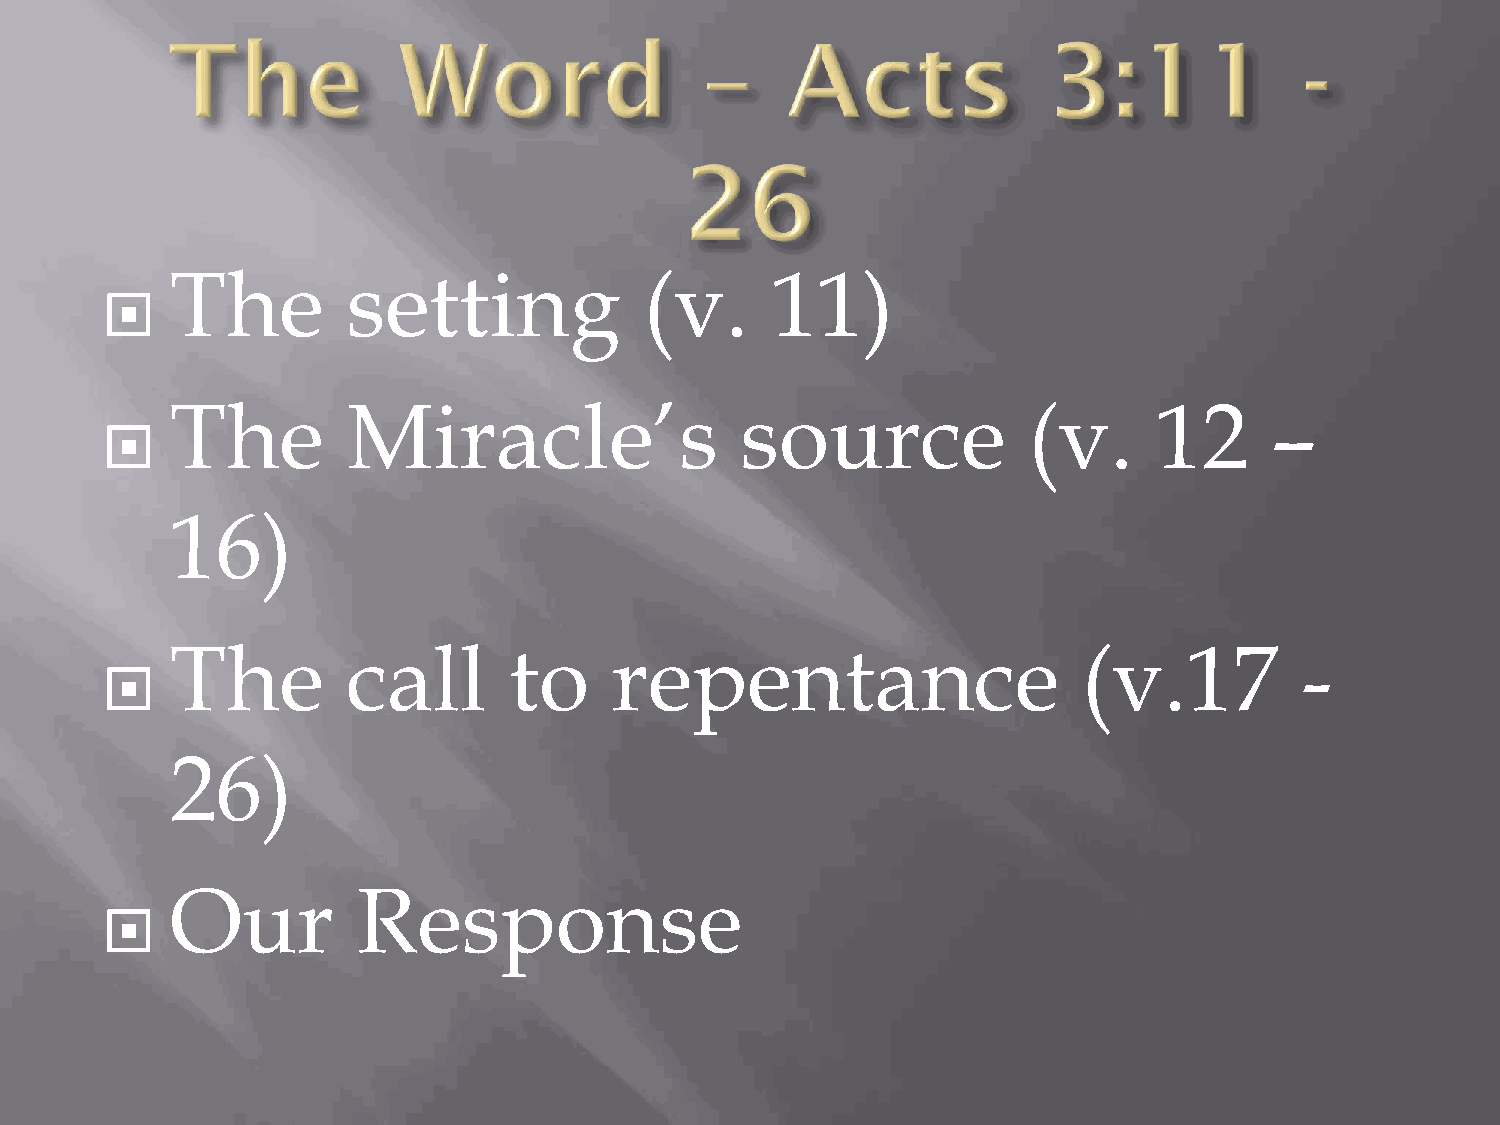
The         setting             (v.     11)
 
 The         Miracle’s                 source             (v.      12     –
 
 16)
 The         call       to     repentance                     (v.17         -
 
 26)
 Our          Response
 